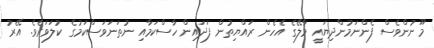
މޫނުންވެސް ފެންނަމުންދިޔައީ މާލޭގެ އެހެން ރައްޔިތުން ފަދައިން ހާސްކަމާއި ނުތަނަވަސްކަމުގެ ކުލަވަރެވެ. އޭރު